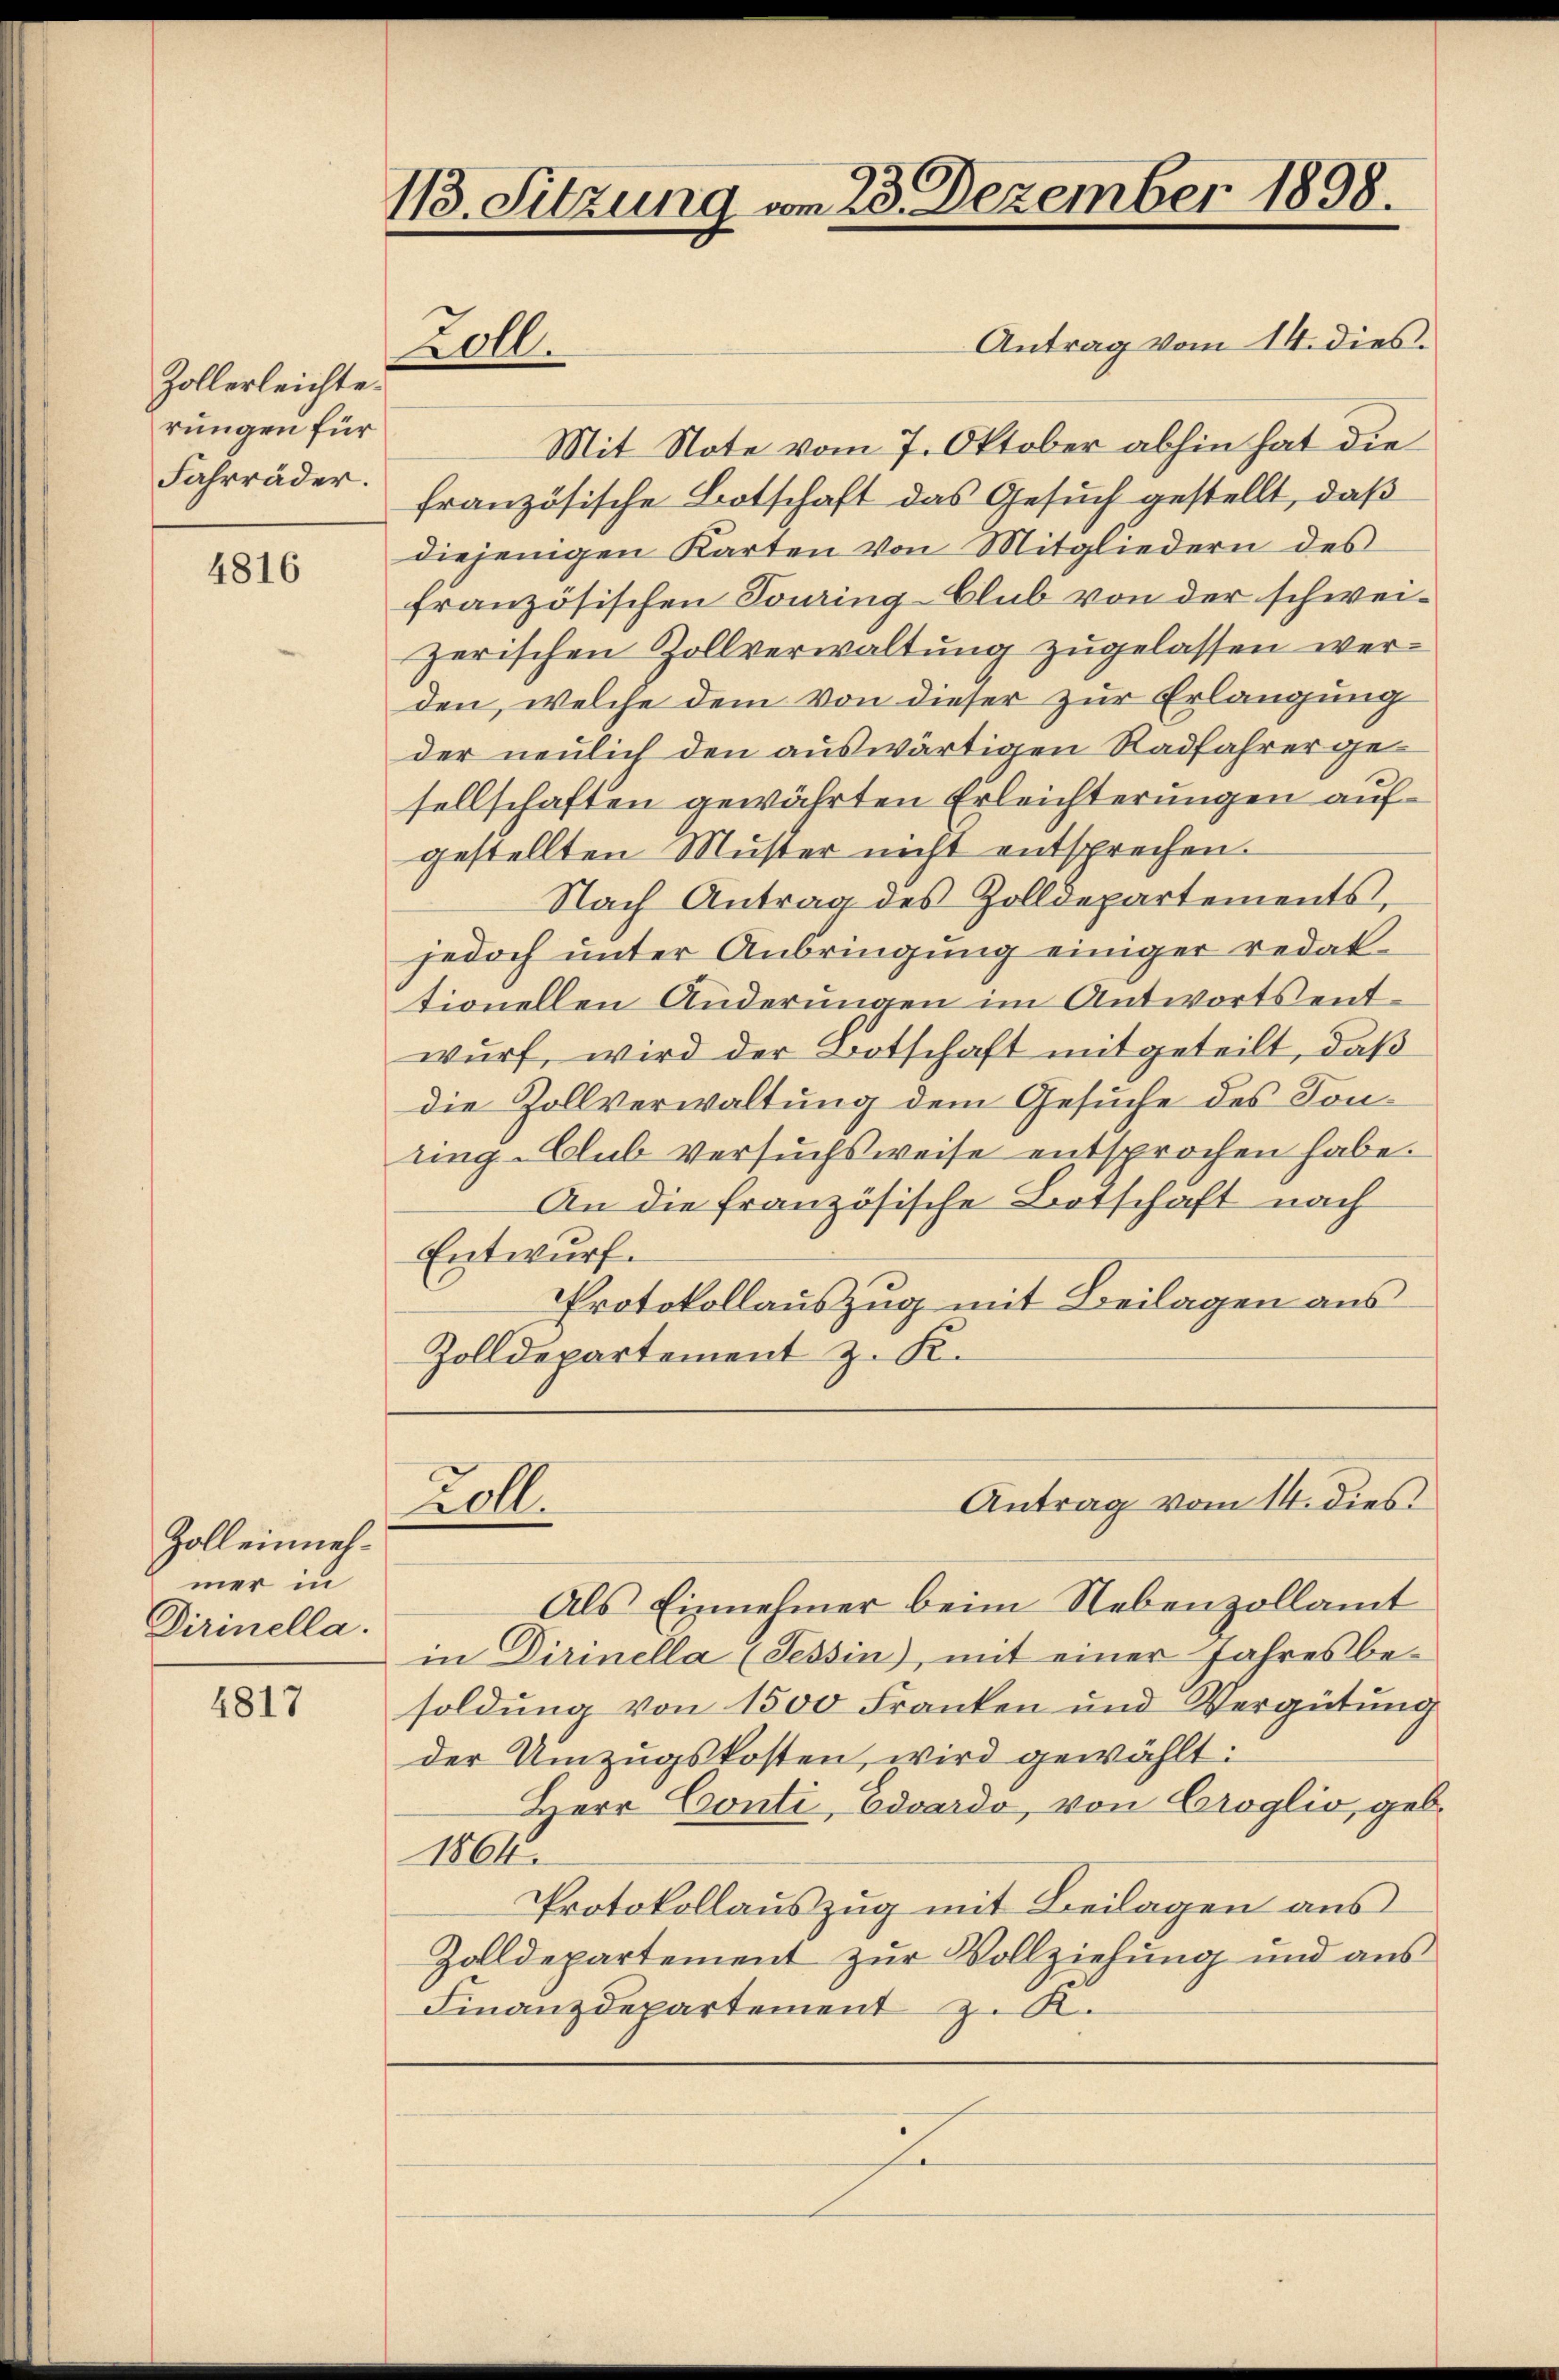
Zollerleichte.
rungen für
Fahrräder.

4816

Zoll einnehmer in
Dirinella.

4817

118. Sitzung vom 23. Dezember 1898.

Zoll.

Antrag vom 14. dies.
Mit Note vom 7. Oktober abhin hat die
französische Botschaft das Gesuch gestellt, daß
diejenigen Karten von Mitgliedern des
französischen Touring-Club von der schweizerischen Zollverwaltung zugelassen werden, welche dem Von dieser zur Erlangung
der neulich den auswärtigen Radfahrer gesellschaften gewährten Erleichterungen aufgestellten Muster nicht entsprechen.
Nach Antrag des Zolldepartements,
jedoch unter Anbringung einiger redattionellen Änderungen im Antworts entwurf, wird der Botschaft mitgeteilt, daß
die Zollverwaltung dem Gesuche des Tonuing-Club versuchsweise entsprochen habe.
An die französische Botschaft nach
Entwurf.
Protokollauszug mit Beilagen aus
Zolldepartement z. K.

Loll.

Als Einnehmer beim Nebenzollamt
in Dirinella (Tessin), mit einer Jahresbesoldung von 1500 Franken und Vergütung
der Umzugskosten, wird gewählt:
Herr Conti, Eduardo, von Croglio, geb.
1864.
Protokollauszug mit Beilagen aus
Zolldepartement zur Vollziehung und aus
Finanzdepartement z. K.
e

Antrag vom 14. dies